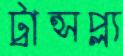
ট্রান্সপ্ল্য